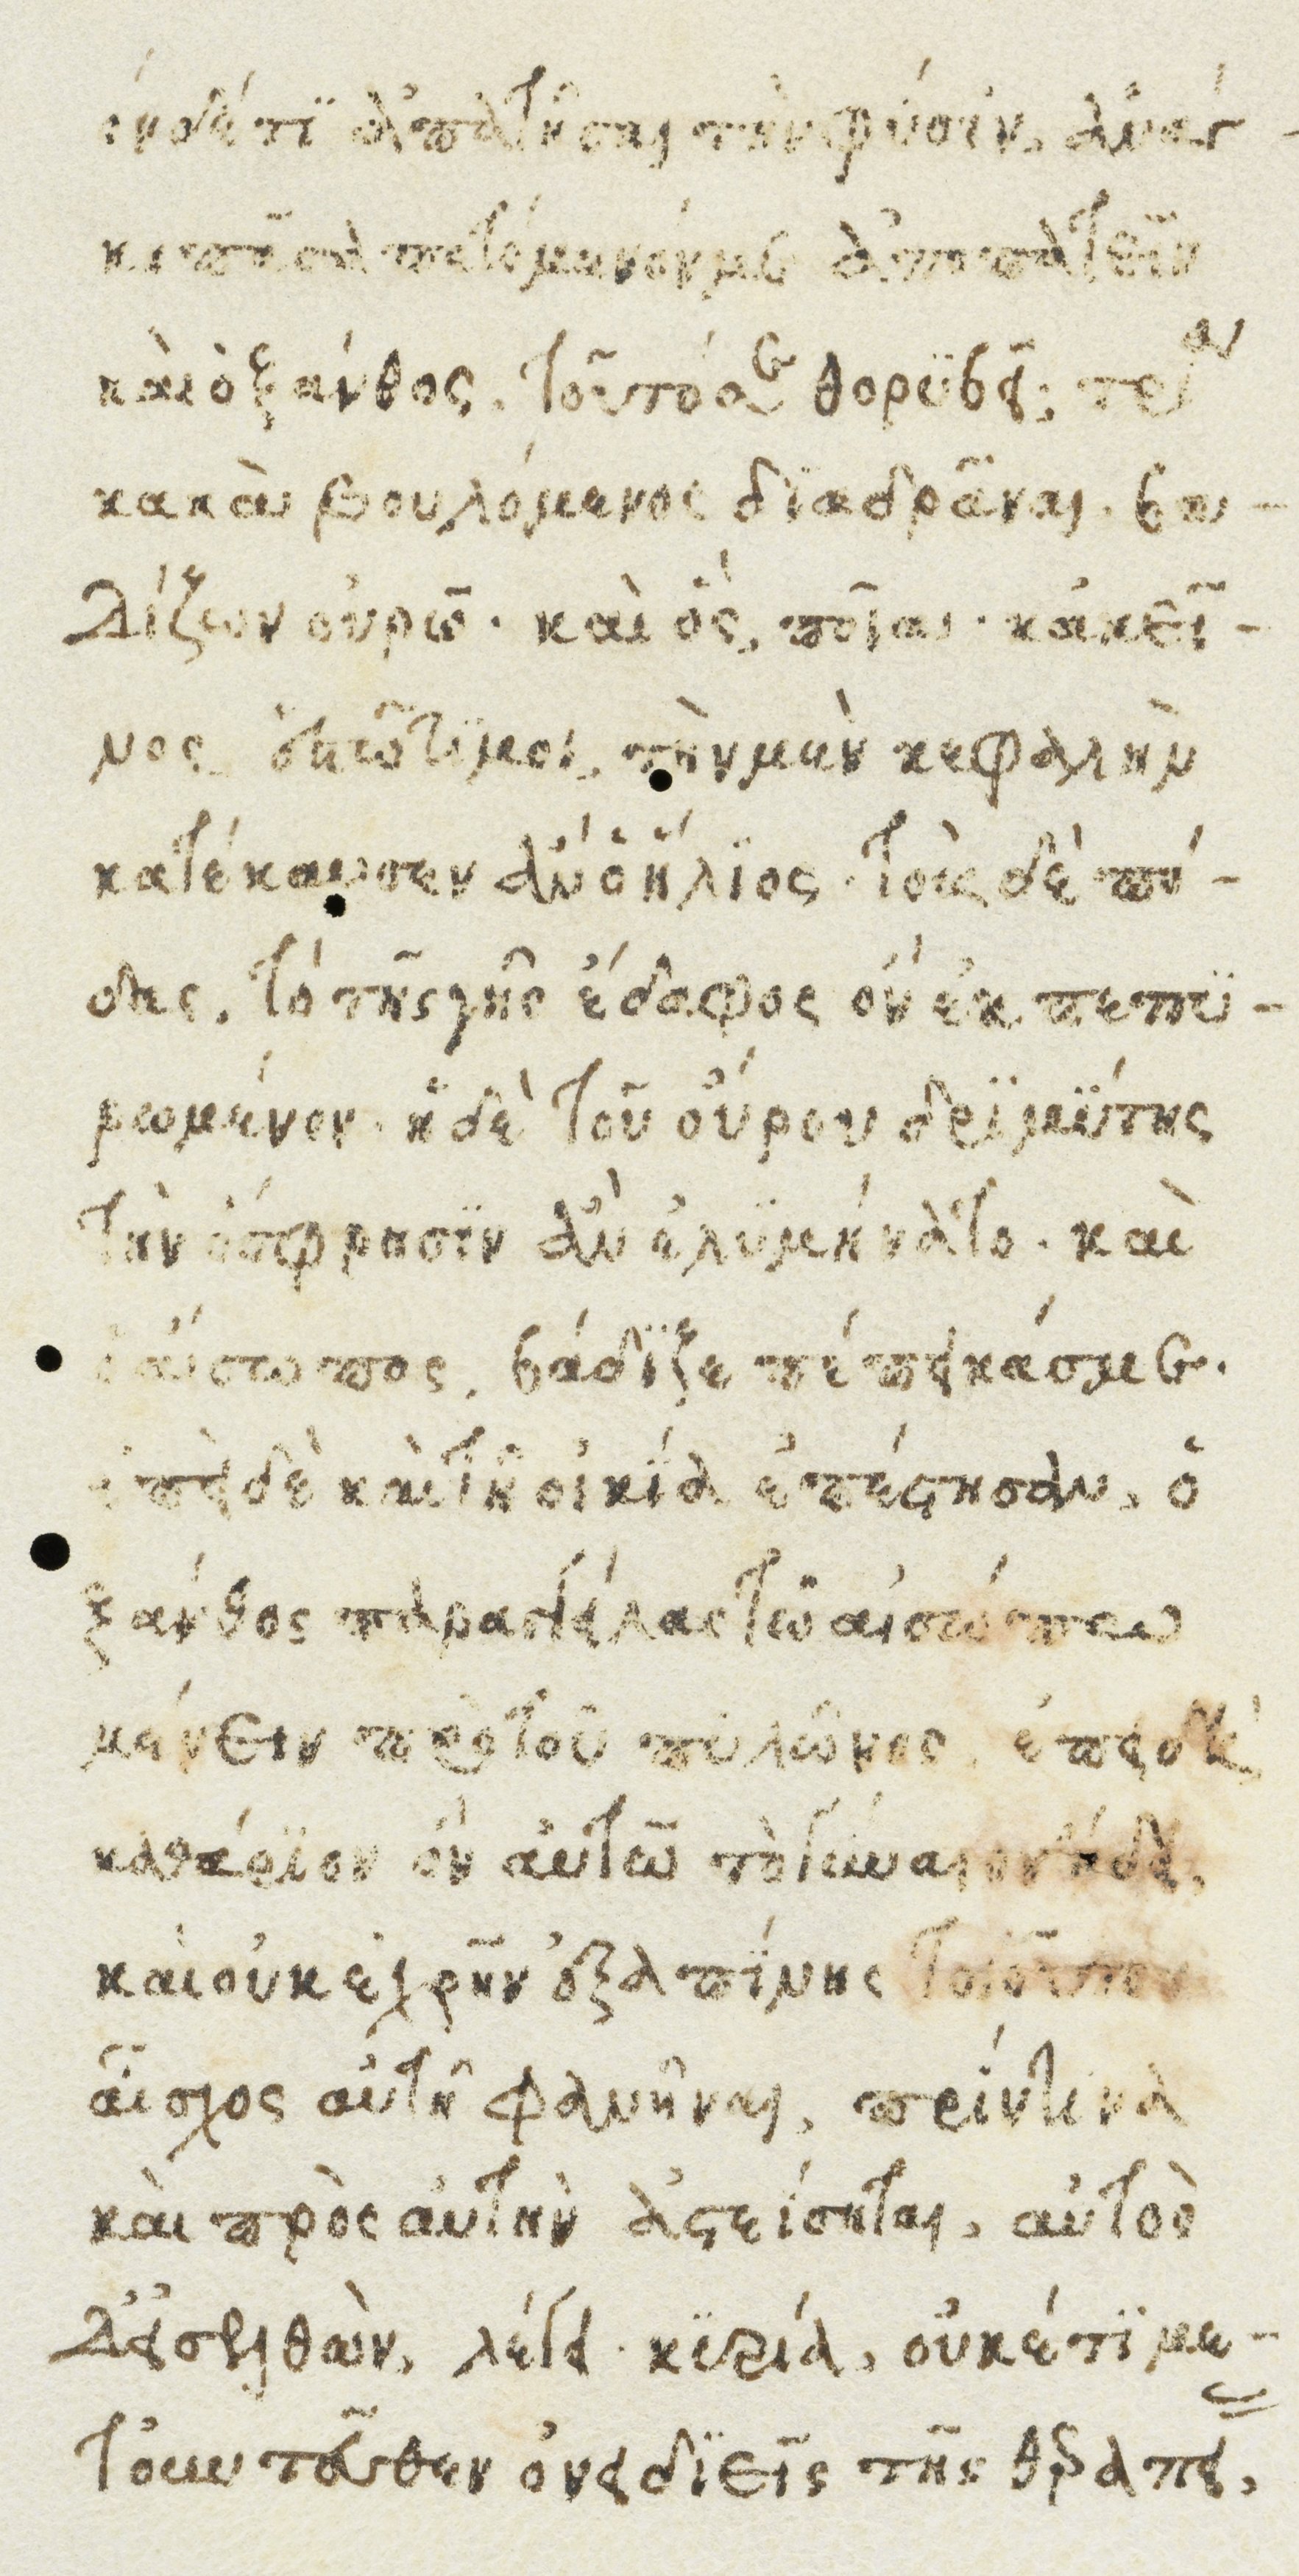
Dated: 1482–1485